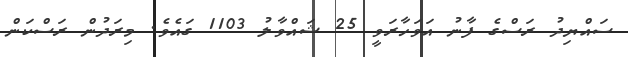
ސައްޔިދު ރަސްގެ ފާނު އަވަހާރަވީ 25 ޝައްވާލު 1103 ގައެވެ. މިރަދުން ރަސްކަން